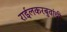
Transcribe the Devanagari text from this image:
राईलकरबुवांची